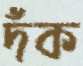
দঁক